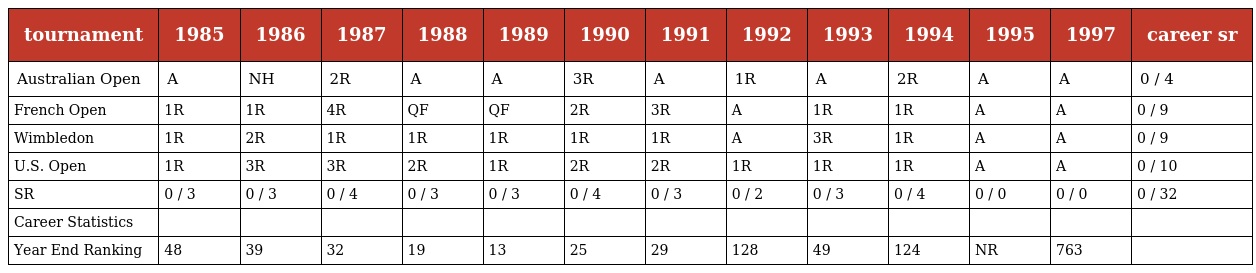
| tournament | 1985 | 1986 | 1987 | 1988 | 1989 | 1990 | 1991 | 1992 | 1993 | 1994 | 1995 | 1997 | career sr |
 | --- | --- | --- | --- | --- | --- | --- | --- | --- | --- | --- | --- | --- | --- |
 | Australian Open | A | NH | 2R | A | A | 3R | A | 1R | A | 2R | A | A | 0 / 4 |
 | French Open | 1R | 1R | 4R | QF | QF | 2R | 3R | A | 1R | 1R | A | A | 0 / 9 |
 | Wimbledon | 1R | 2R | 1R | 1R | 1R | 1R | 1R | A | 3R | 1R | A | A | 0 / 9 |
 | U.S. Open | 1R | 3R | 3R | 2R | 1R | 2R | 2R | 1R | 1R | 1R | A | A | 0 / 10 |
 | SR | 0 / 3 | 0 / 3 | 0 / 4 | 0 / 3 | 0 / 3 | 0 / 4 | 0 / 3 | 0 / 2 | 0 / 3 | 0 / 4 | 0 / 0 | 0 / 0 | 0 / 32 |
 | Career Statistics |  |  |  |  |  |  |  |  |  |  |  |  |  |
 | Year End Ranking | 48 | 39 | 32 | 19 | 13 | 25 | 29 | 128 | 49 | 124 | NR | 763 |  |